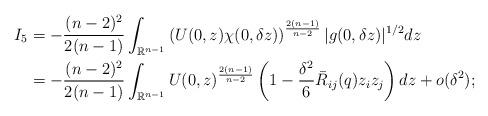
LaTeX: \begin{align*}I_{5} & =-\frac{(n-2)^{2}}{2(n-1)}\int_{\mathbb{R}^{n-1}}\left(U(0,z)\chi(0,\delta z)\right)^{\frac{2(n-1)}{n-2}}|g(0,\delta z)|^{1/2}dz\\ & =-\frac{(n-2)^{2}}{2(n-1)}\int_{\mathbb{R}^{n-1}}U(0,z)^{\frac{2(n-1)}{n-2}}\left(1-\frac{\delta^{2}}{6}\bar{R}_{ij}(q)z_{i}z_{j}\right)dz+o(\delta^{2});\end{align*}